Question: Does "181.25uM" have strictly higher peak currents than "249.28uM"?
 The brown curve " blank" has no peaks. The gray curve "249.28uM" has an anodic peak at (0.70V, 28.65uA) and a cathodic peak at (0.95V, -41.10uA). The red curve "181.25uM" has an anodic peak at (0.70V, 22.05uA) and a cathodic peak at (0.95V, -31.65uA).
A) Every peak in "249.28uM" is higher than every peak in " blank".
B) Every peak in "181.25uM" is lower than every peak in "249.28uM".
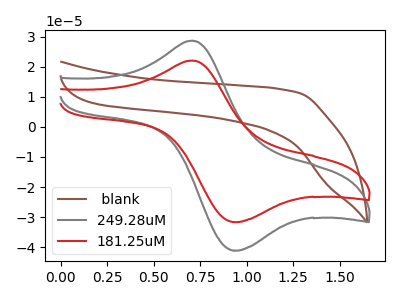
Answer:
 <answer>B) Every peak in "181.25uM" is lower than every peak in "249.28uM".</answer>
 <eval>B</eval>